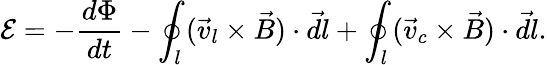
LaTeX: {\mathcal E}=-\frac{d\Phi}{dt}-\oint_{l}(\vec{v}_{l}\times\vec{B})\cdot\vec{dl}+\oint_{l}(\vec{v}_{c}\times\vec{B})\cdot\vec{dl}.